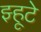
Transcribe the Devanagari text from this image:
झ्हूटे